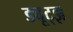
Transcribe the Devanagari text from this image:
ड्यूट्झ